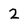
Character: 2